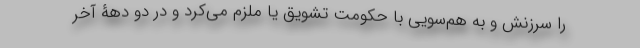
را سرزنش و به هم‌سویی با حکومت تشویق یا ملزم می‌کرد و در دو دهۀ آخر